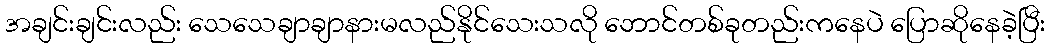
အချင်းချင်းလည်း သေသေချာချာနားမလည်နိုင်သေးသလို ဘောင်တစ်ခုတည်းကနေပဲ ပြောဆိုနေခဲ့ပြီး